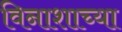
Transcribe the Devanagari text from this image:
विनाशाच्या